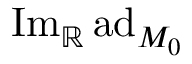
\mathrm { I m } _ { \mathbb { R } } \, \mathrm { a d } _ { M _ { 0 } }